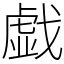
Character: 戯